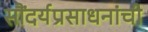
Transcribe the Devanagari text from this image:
सौंदर्यप्रसाधनांची